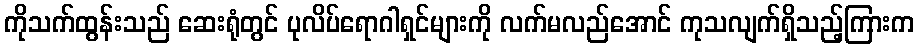
ကိုသက်ထွန်းသည် ဆေးရုံတွင် ပုလိပ်ရောဂါရှင်များကို လက်မလည်အောင် ကုသလျက်ရှိသည့်ကြားက